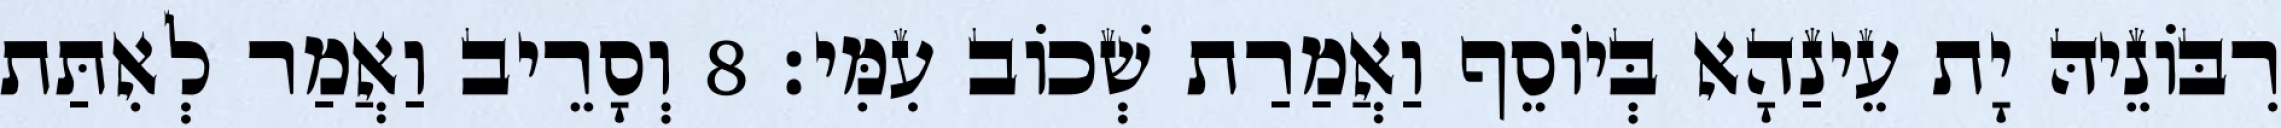
רִבּוֹנֵיהּ יָת עֵינַהָא בְּיוֹסֵף וַאֲמַרַת שְׁכוֹב עִמִּי׃ 8 וְסָרֵיב וַאֲמַר לְאִתַּת